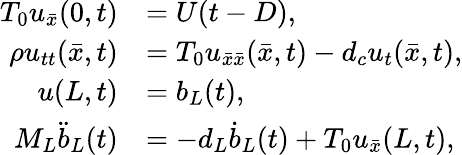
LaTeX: \begin{array}{rl}{T_{0}u_{\bar{x}}(0,t)}&{=U(t-D),}\\ {\rho u_{tt}(\bar{x},t)}&{=T_{0}u_{\bar{x}\bar{x}}(\bar{x},t)-d_{c}{u_{t}}(\bar{x},t),}\\ {u(L,t)}&{=b_{L}(t),}\\ {M_{L}\ddot{b}_{L}(t)}&{=-d_{L}\dot{b}_{L}(t)+T_{0}u_{\bar{x}}(L,t),}\end{array}